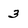
Character: 3